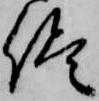
侭